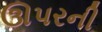
ઊપરની